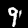
Label: 9